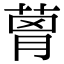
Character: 𦴗